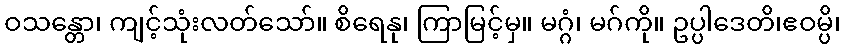
ဝသန္တော၊ ကျင့်သုံးလတ်သော်။ စိရေနု၊ ကြာမြင့်မှ။ မဂ္ဂံ၊ မဂ်ကို။ ဥပ္ပါဒေတိ၊ဧဝမ္ပိ၊